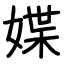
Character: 媟